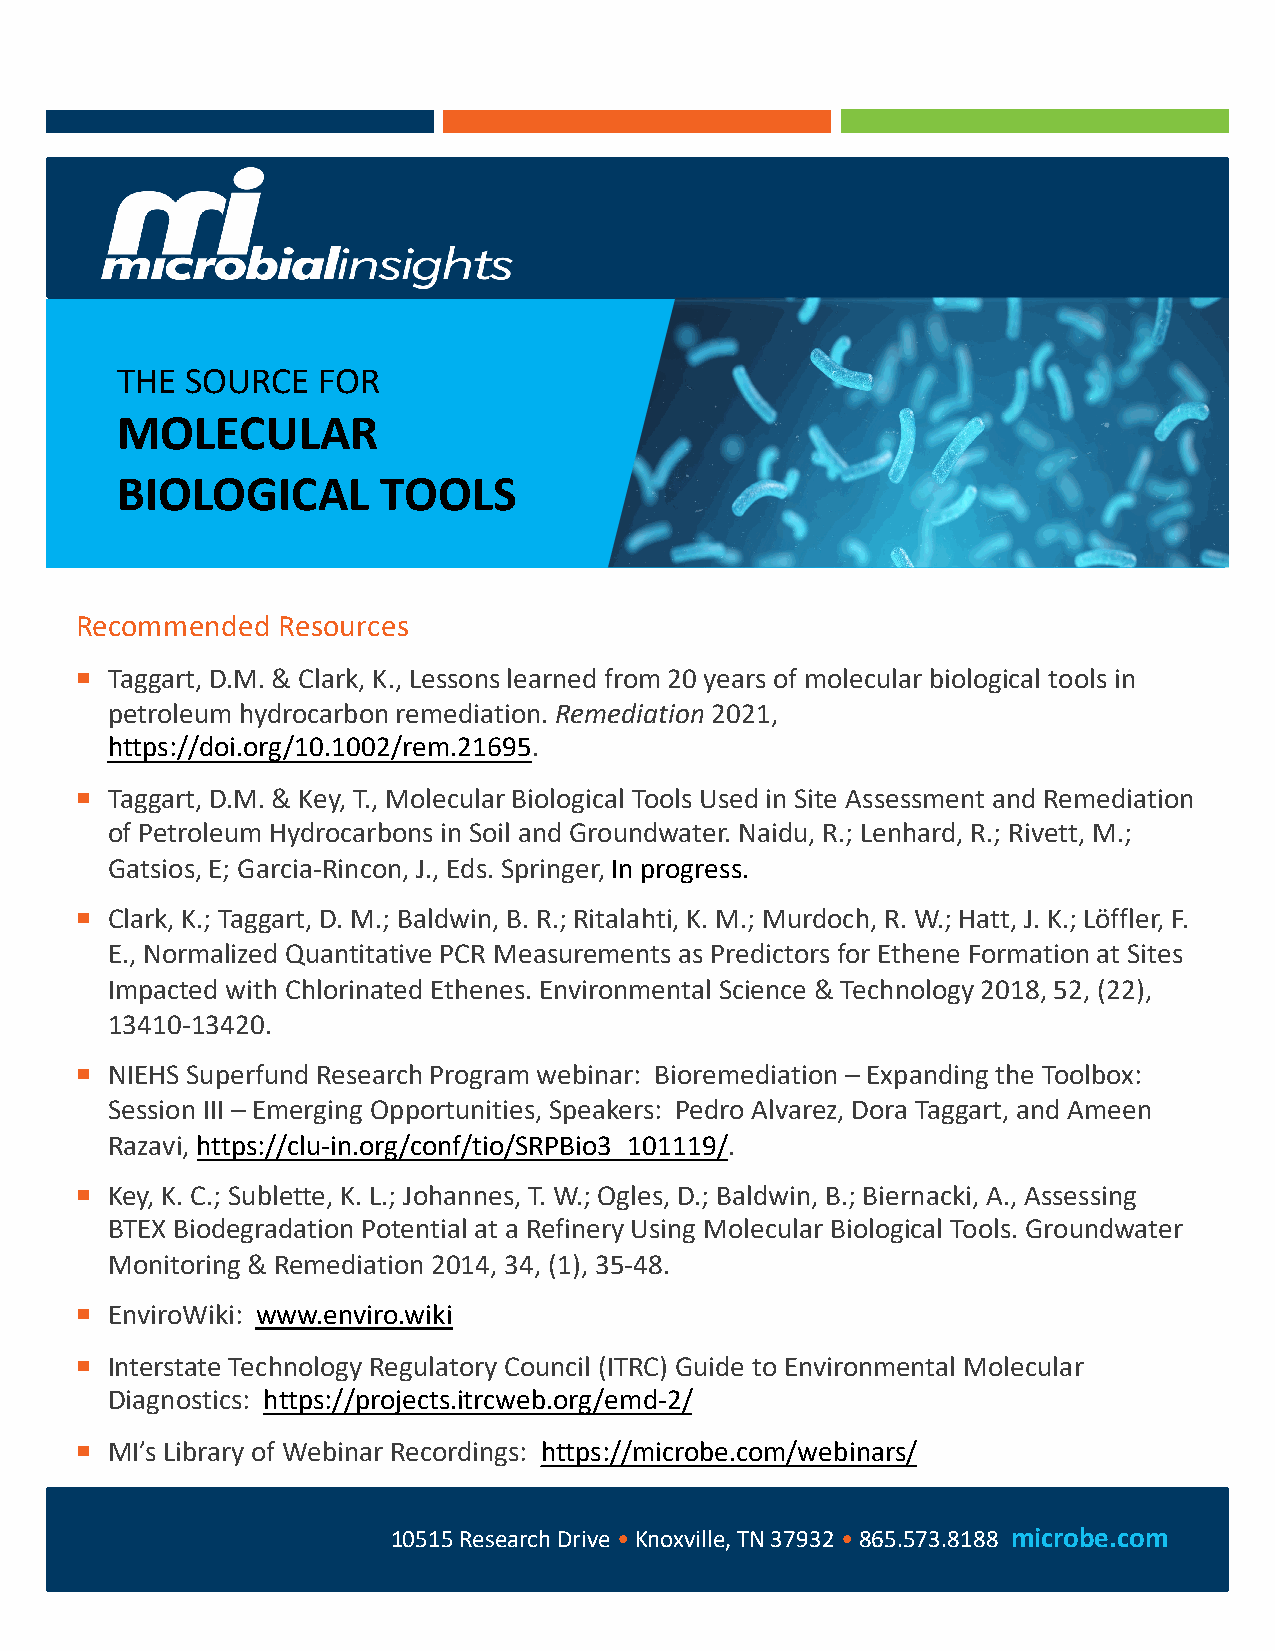
THE SOURCE   FOR
 MOLECULAR
 BIOLOGICAL       TOOLS
 Recommended  Resources
 ¡ Taggart, D.M. & Clark, K., Lessons learned from 20 years of molecular biological tools in
 petroleum hydrocarbon remediation. Remediation 2021,
 https://doi.org/10.1002/rem.21695.
 ¡ Taggart, D.M. & Key, T., Molecular Biological Tools Used in Site Assessment and Remediation
 of Petroleum Hydrocarbons in Soil and Groundwater. Naidu, R.; Lenhard, R.; Rivett, M.;
 Gatsios, E; Garcia-Rincon, J., Eds. Springer, In progress.
 ¡ Clark, K.; Taggart, D. M.; Baldwin, B. R.; Ritalahti, K. M.; Murdoch, R. W.; Hatt, J. K.; Löffler, F.
 E., Normalized Quantitative PCR Measurements as Predictors for Ethene Formation at Sites
 Impacted with Chlorinated Ethenes. Environmental Science & Technology 2018, 52, (22),
 13410-13420.
 ¡ NIEHS Superfund Research Program webinar: Bioremediation – Expanding the Toolbox:
 Session III – Emerging Opportunities, Speakers: Pedro Alvarez, Dora Taggart, and Ameen
 Razavi, https://clu-in.org/conf/tio/SRPBio3_101119/.
 ¡ Key, K. C.; Sublette, K. L.; Johannes, T. W.; Ogles, D.; Baldwin, B.; Biernacki, A., Assessing
 BTEX Biodegradation Potential at a Refinery Using Molecular Biological Tools. Groundwater
 Monitoring & Remediation 2014, 34, (1), 35-48.
 ¡ EnviroWiki: www.enviro.wiki
 ¡ Interstate Technology Regulatory Council (ITRC) Guide to Environmental Molecular
 Diagnostics: https://projects.itrcweb.org/emd-2/
 ¡ MI’s Library of Webinar Recordings: https://microbe.com/webinars/
 10515 Research Drive •Knoxville, TN 37932 •865.573.8188 microbe.com